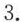
3.